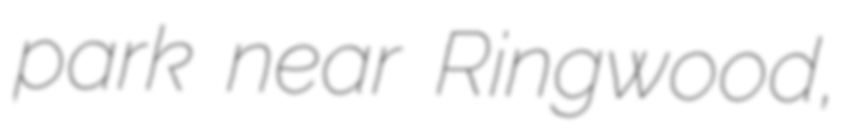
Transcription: park near Ringwood,